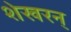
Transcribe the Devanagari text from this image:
शेखरन्